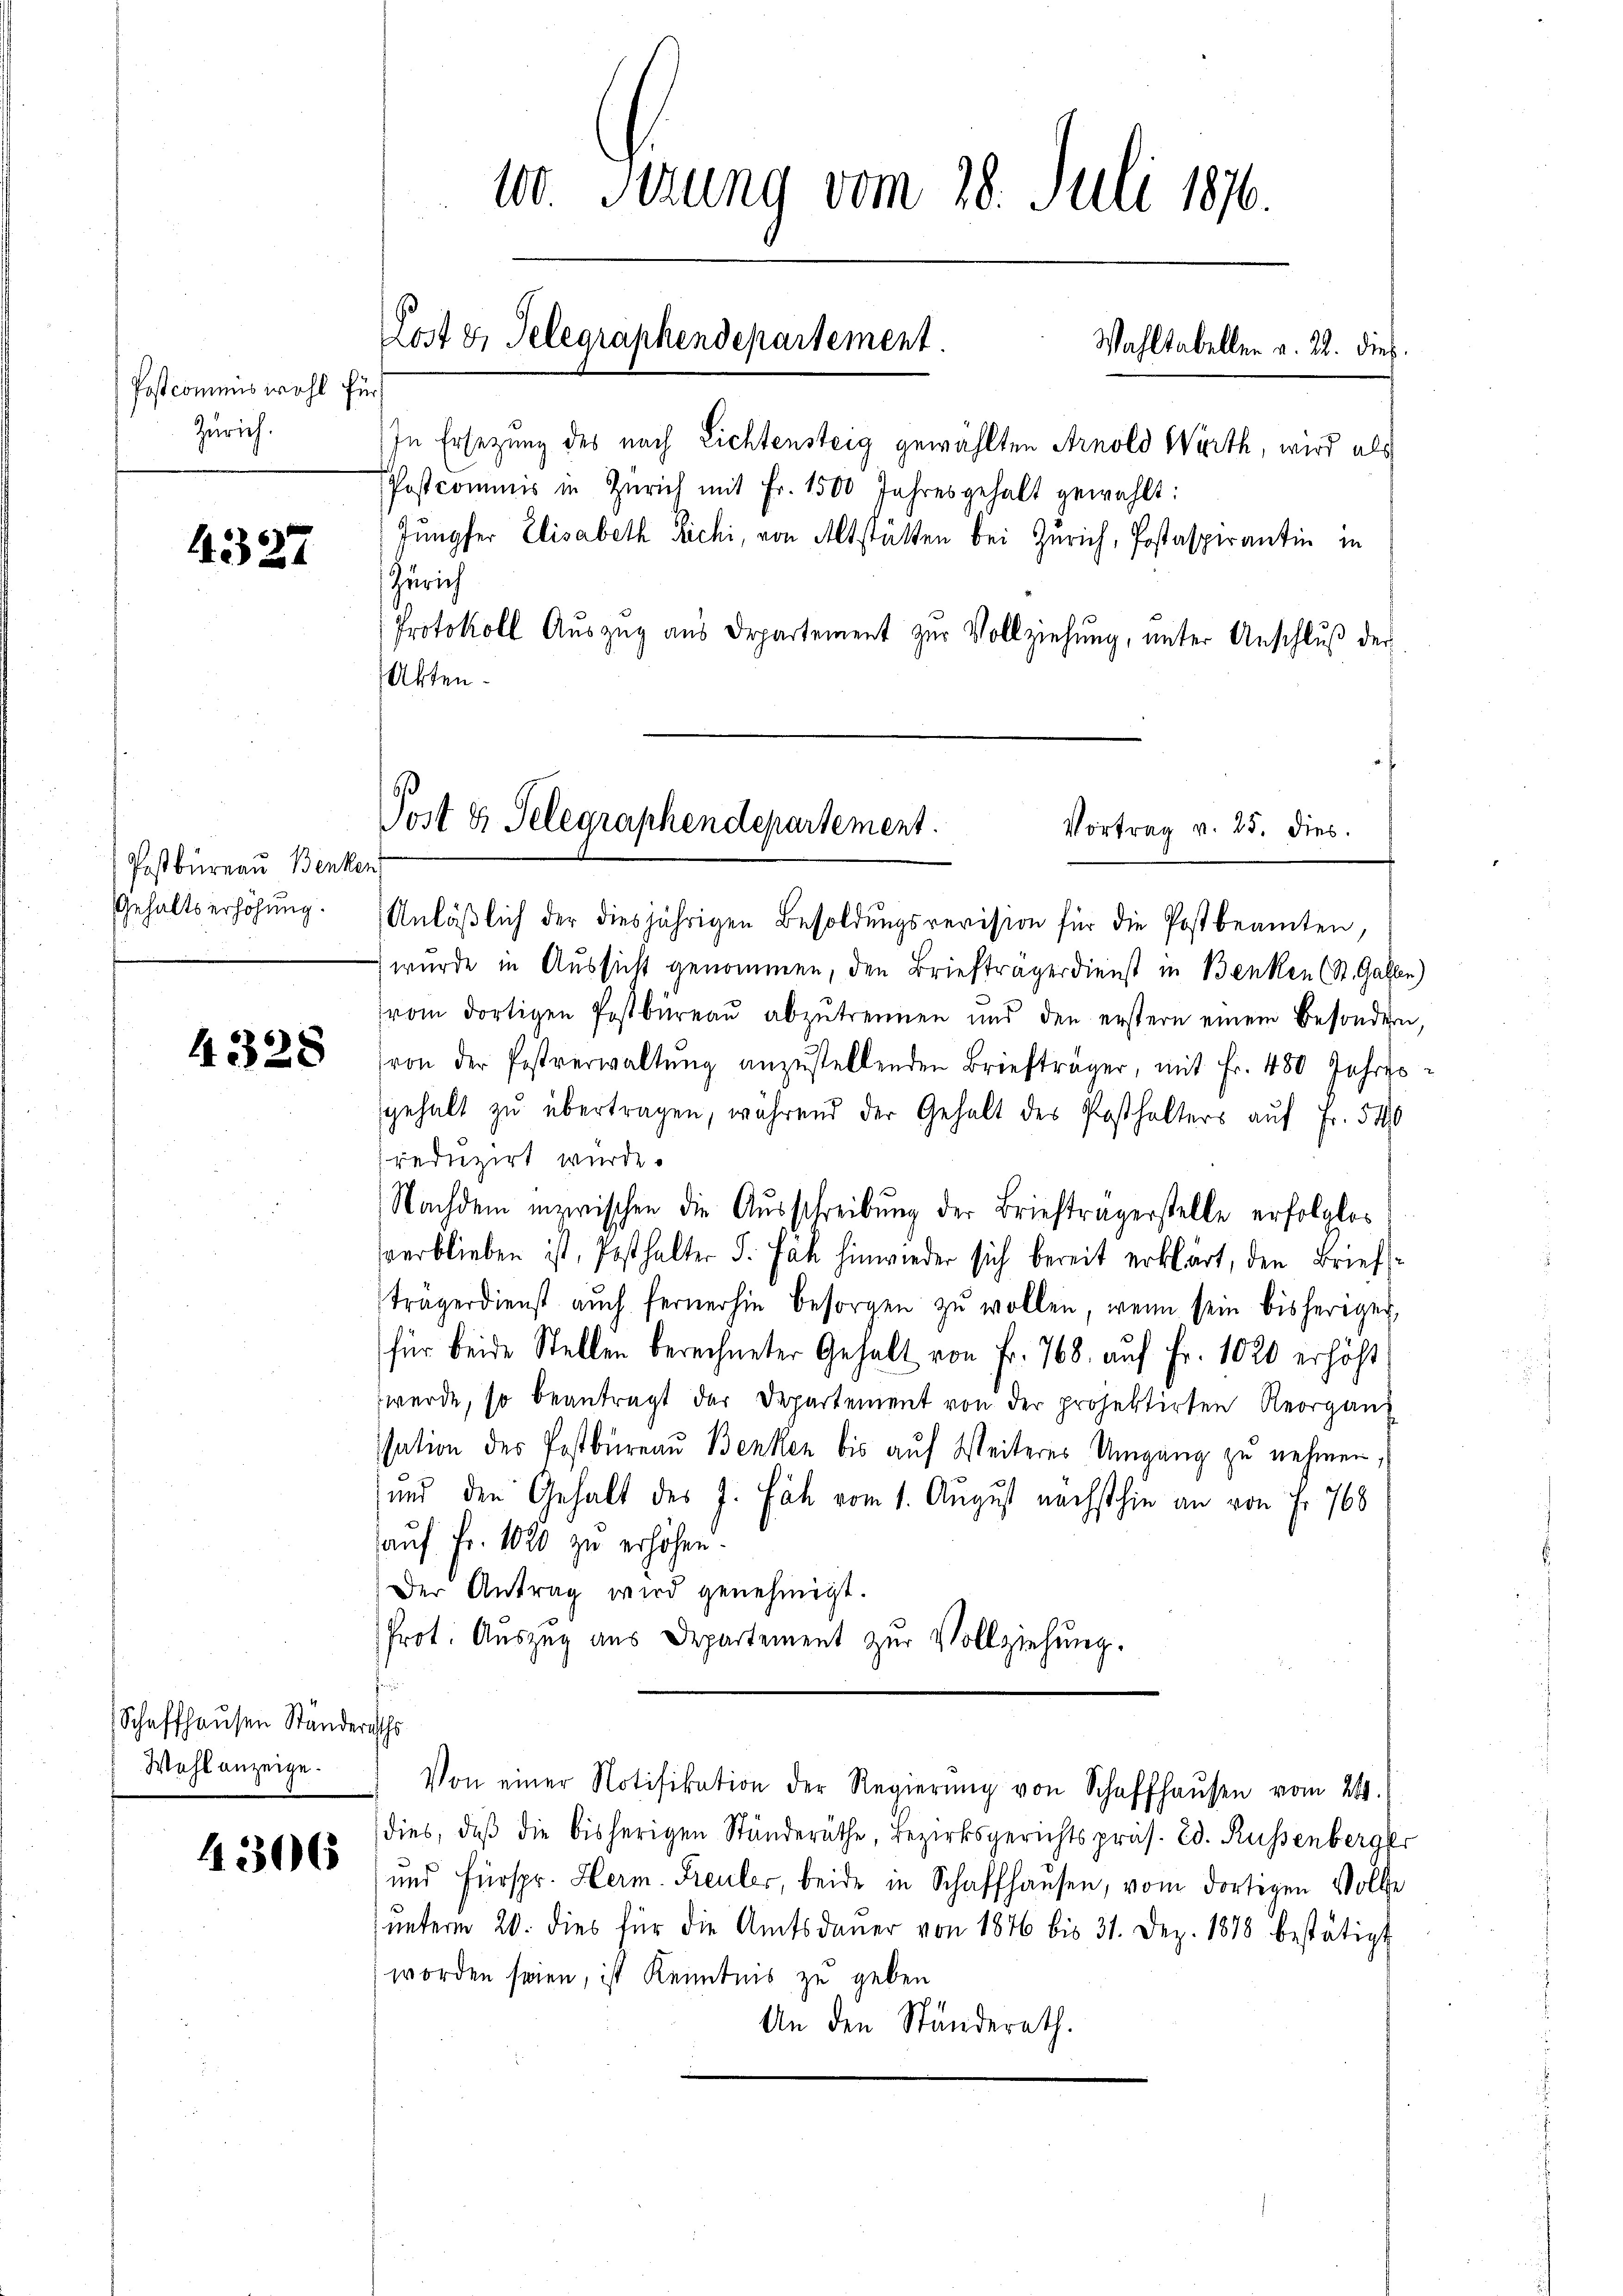
Postcommis wohl für
Zürich.

4327

Postbureau Benken
Gehaltserhöhung.

4328

Schaffhausen Ständeraths
Wohl anzeige.

4306

10. Serung vom 28. Juli 1870.
Lost u. Telegraphendepartement.
Wahltabeller v. 22. dies

In Ersezung des nach Lichtensteig gewählten Arnold Wirth, wird als
Postcommis in Zürich mit Fr. 1500 Jahresgehalt gewählt:
Jungfer Elisabeth Richi, von Altstätten bei Zürich, Postaspirantin in
Zürich
Protokoll Aŭszŭg aŭs Departement zŭr Vollziehung, unter Anschlŭβ der

Akten.
Anläßlich der diesjährigen Besoldungsrevision für die Postbeamten,
wurde in Aussicht genommen, den Briefträgerdienst in Benken (St. Galle
vom dortigen Postbüreaŭ abzŭtrennen und den erstern einem besonder
(von der Postverwaltŭng anzŭstellenden Briefträger, mit Fr. 480 Jahres
gehalt zŭ übertragen, während der Gehalt des Posthalters auf Fr. 540
reduzirt wurde.
Nachdem inzwischen die Ausschreibung der Briefträgerstelle erfolglos
verblieben ist, Pesthalter S. Fäh hinwieder sich bereit erklärt, den Brief
trägerdienst aŭch fernerhin besorgen zŭ wollen, wenn sein bisheriger,
für beide Stellen berechneter Gehalt von Fr. 768. auf Fr. 1020 erhöht
werde, so beantragt der Departement von der projektirten Reorgan
ssation des Postbureau Benken bis auf Weiteres Umgang zu nehmen,
und den Gehalt des J. Fäh vom 1. August nächsthin an von Fr. 768
auf Fr. 1020 zu erhöhen.
Der Antrag wird genehmigt.
Prot. Auszug aus Departement zur Vollziehung.
Von einer Notifikation der Regierŭng von Schaffhaŭsen vom 24.
dies, daβ die bisherigen Ständeräthe, Bezirksgerichtspräs. Ed. Russenberger
und Fürspr. Herm. Freuler, beide in Schaffhausen, vom dortigen Volle
unterm 20. dies für die Amtsdaŭer von 1846 bis 31. Dez. 1878 bestätigt
worden seien, ist Kenntnis zu geben
An den Ständerath.

Post & Gelegraphendepartement.
Vortrag v. 25. dies

1